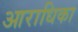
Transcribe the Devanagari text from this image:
आराधिका